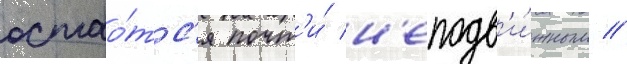
остао́тс'я почт'и́ н'еподв'и́жным //